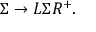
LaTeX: \Sigma \rightarrow L \Sigma R ^ { + } .